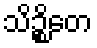
သိဉ္စိတေ